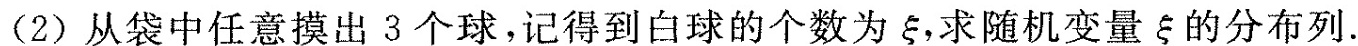
(2)从袋中任意摸出3个球，记得到白球的个数为ξ，求随机变量ξ的分布列.